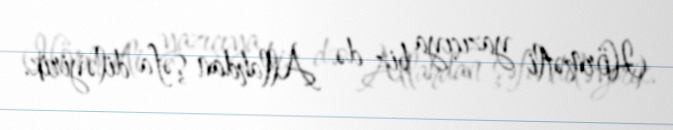
Hörmətli yazıçıya biz də Allahdan şəfa diləyirik.